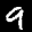
Label: 9